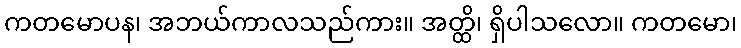
ကတမောပန၊ အဘယ်ကာလသည်ကား။ အတ္ထိ၊ ရှိပါသလော။ ကတမော၊